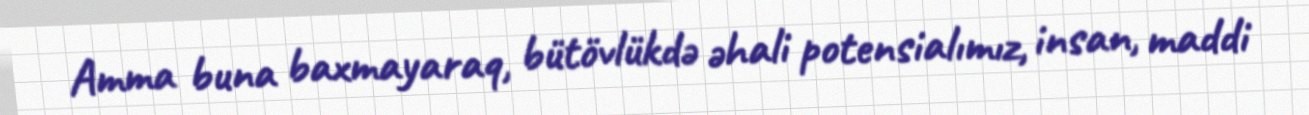
Amma buna baxmayaraq, bütövlükdə əhali potensialımız, insan, maddi